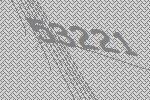
53221